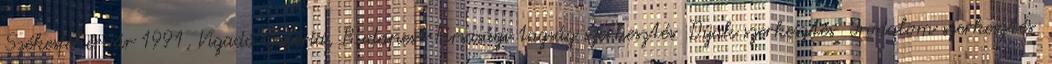
Székesfehérvár 1991, Vigadó Galéria, Budapest Társasági tagság szerkesztés Díjak szerkesztés Irodalom szerkesztés